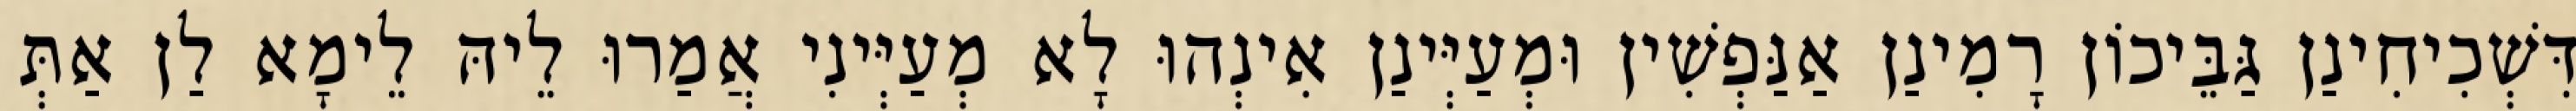
דִּשְׁכִיחִינַן גַּבֵּיכוֹן רָמִינַן אַנַּפְשִׁין וּמְעַיְּינַן אִינְהוּ לָא מְעַיְּינִי אֲמַרוּ לֵיהּ לֵימָא לַן אַתְּ